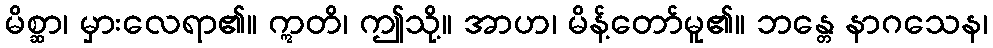
မိစ္ဆာ၊ မှားလေရာ၏။ ဣတိ၊ ဤသို့။ အာဟ၊ မိန့်တော်မူ၏။ ဘန္တေ နာဂသေန၊